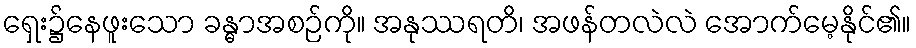
ရှေး၌နေဖူးသော ခန္ဓာအစဉ်ကို။ အနုဿရတိ၊ အဖန်တလဲလဲ အောက်မေ့နိုင်၏။